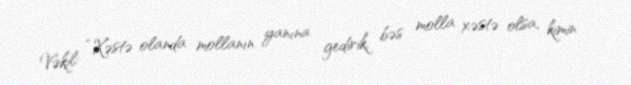
Vəkil: “Xəstə olanda mollanın yanına gedirik, bəs molla xəstə olsa, kimin